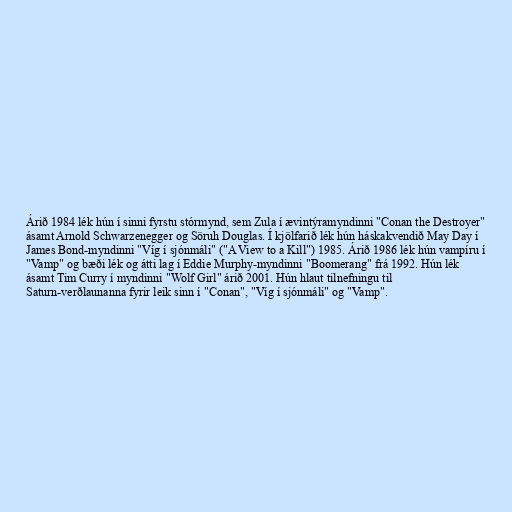
Árið 1984 lék hún í sinni fyrstu stórmynd, sem Zula í ævintýramyndinni "Conan the Destroyer"
ásamt Arnold Schwarzenegger og Söruh Douglas. Í kjölfarið lék hún háskakvendið May Day í
James Bond-myndinni "Víg í sjónmáli" ("A View to a Kill") 1985. Árið 1986 lék hún vampíru í
"Vamp" og bæði lék og átti lag í Eddie Murphy-myndinni "Boomerang" frá 1992. Hún lék
ásamt Tim Curry í myndinni "Wolf Girl" árið 2001. Hún hlaut tilnefningu til
Saturn-verðlaunanna fyrir leik sinn í "Conan", "Víg í sjónmáli" og "Vamp".